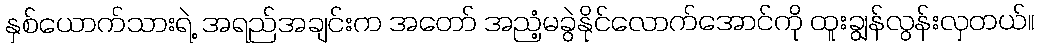
နှစ်ယောက်သားရဲ့ အရည်အချင်းက အတော် အညံ့မခွဲနိုင်လောက်အောင်ကို ထူးချွန်လွန်းလှတယ်။